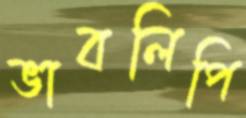
ভাবলিপি